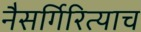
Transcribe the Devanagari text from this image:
नैसर्गिरित्याच